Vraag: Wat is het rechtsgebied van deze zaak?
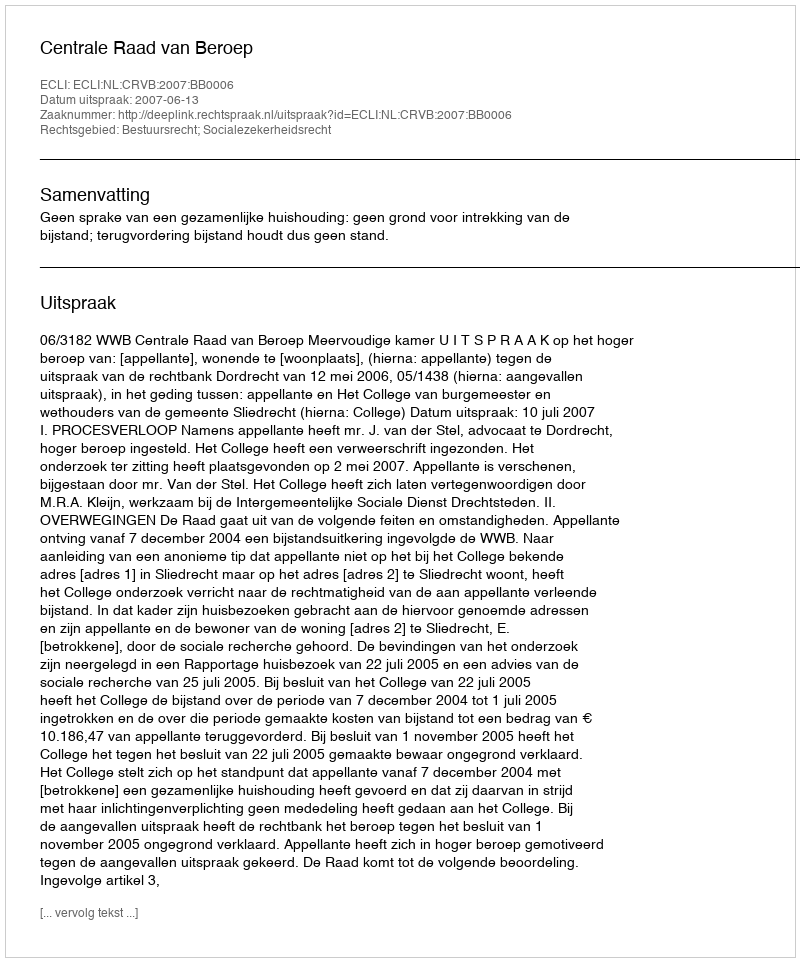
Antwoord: Bestuursrecht; Socialezekerheidsrecht